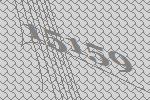
15159